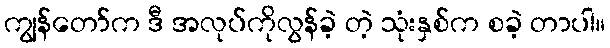
ကျွန်တော်က ဒီ အလုပ်ကိုလွန်ခဲ့ တဲ့ သုံးနှစ်က စခဲ့ တာပါ။